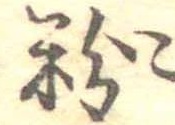
粉